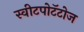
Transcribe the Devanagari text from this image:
स्वीटपोटॅटोज